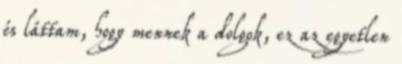
és láttam, hogy mennek a dolgok, ez az egyetlen